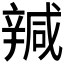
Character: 𰺩